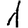
Digit: 1